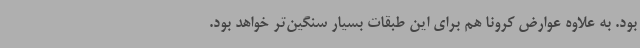
بود. به علاوه عوارض کرونا هم برای این طبقات بسیار سنگین‌تر خواهد بود.